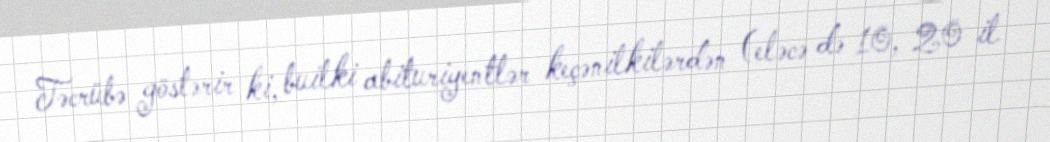
Təcrübə göstərir ki, builki abituriyentlər keçənilkilərdən (eləcə də 10, 20 il